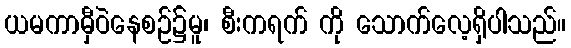
ယမကာမှီဝဲနေစဉ်၌မူ၊ စီးကရက် ကို သောက်လေ့ရှိပါသည်။